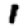
Digit: 1